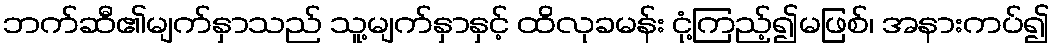
ဘက်ဆီ၏မျက်နှာသည် သူ့မျက်နှာနှင့် ထိလုခမန်း ငုံ့ကြည့်၍မဖြစ်၊ အနားကပ်၍